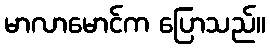
မာလာမောင်က ပြောသည်။